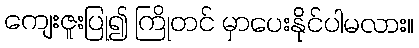
ကျေးဇူးပြု၍ ကြိုတင် မှာပေးနိုင်ပါမလား။